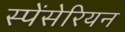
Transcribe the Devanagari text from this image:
स्पेंसेरियन